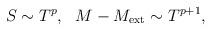
LaTeX: \begin{align*}S \sim T^{p} ,\ \ M-M_{\rm ext}\sim T^{p+1},\end{align*}